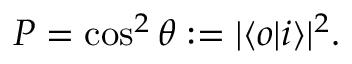
P = \cos ^ { 2 } \theta : = | \langle o | i \rangle | ^ { 2 } \/ .